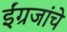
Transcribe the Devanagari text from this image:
ईंग्रजांचे